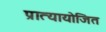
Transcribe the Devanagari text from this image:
प्रात्यायोजित